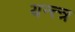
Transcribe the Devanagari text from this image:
यन्त्त्त्र